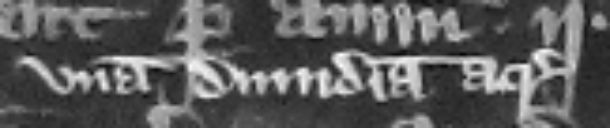
vnam dimidiam acram